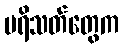
ပရိသတ်တွေက